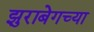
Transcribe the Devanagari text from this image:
झुराबेगच्या